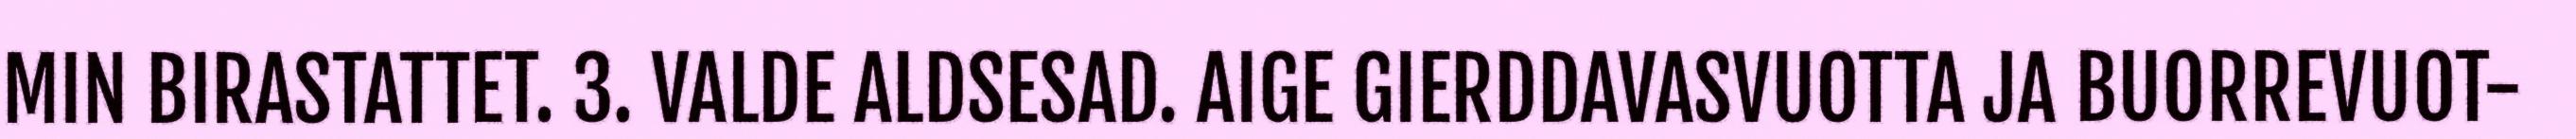
MIN BIRASTATTET. 3. VALDE ALDSESAD. AIGE GIERDDAVASVUOTTA JA BUORREVUOT-